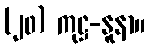
(၂၀) ကုဋ္ဌ-နူနာ။